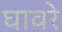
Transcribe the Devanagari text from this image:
घावरे